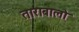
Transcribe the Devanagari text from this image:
ताराबालो